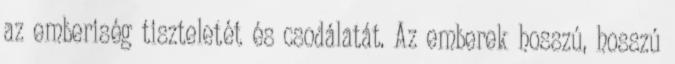
az emberiség tiszteletét és csodálatát. Az emberek hosszú, hosszú